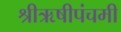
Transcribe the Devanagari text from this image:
श्रीऋषीपंचमी